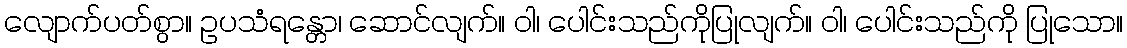
လျောက်ပတ်စွာ။ ဥပသံရန္တော၊ ဆောင်လျက်။ ဝါ၊ ပေါင်းသည်ကိုပြုလျက်။ ဝါ၊ ပေါင်းသည်ကို ပြုသော။